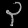
Digit: ၃